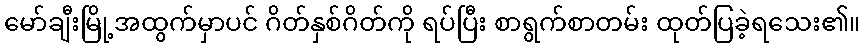
မော်ချီးမြို့အထွက်မှာပင် ဂိတ်နှစ်ဂိတ်ကို ရပ်ပြီး စာရွက်စာတမ်း ထုတ်ပြခဲ့ရသေး၏။